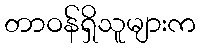
တာဝန်ရှိသူများက